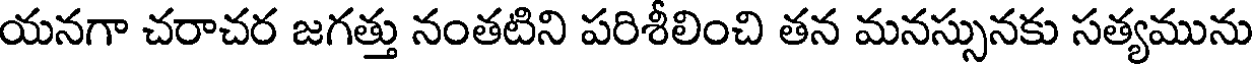
యనగా చరాచర జగత్తు నంతటిని పరిశీలించి తన మనస్సునకు సత్యమును